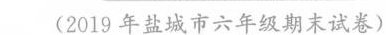
(2019年盐城市六年级期末试卷)